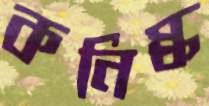
কনিষ্ক